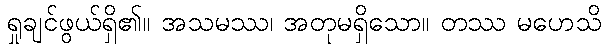
ရှုချင်ဖွယ်ရှိ၏။ အသမဿ၊ အတုမရှိသော။ တဿ မဟေသိ